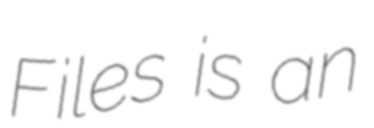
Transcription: Files is an